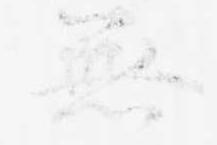
無